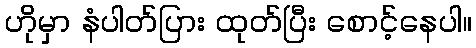
ဟိုမှာ နံပါတ်ပြား ထုတ်ပြီး စောင့်နေပါ။